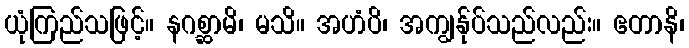
ယုံကြည်သဖြင့်။ နဂစ္ဆာမိ၊ မသိ။ အဟံပိ၊ အကျွန်ုပ်သည်လည်း။ ဧတာနိ၊